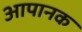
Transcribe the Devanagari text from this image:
आपानक